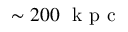
\sim 2 0 0 ~ \mathrm { ~ k ~ p ~ c ~ }